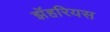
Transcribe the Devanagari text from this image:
झॅहरियस